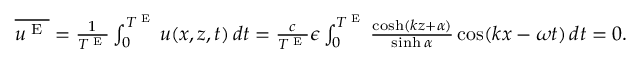
\begin{array} { r } { \overline { { u ^ { \textnormal { E } } } } = \frac { 1 } { T ^ { \textnormal { E } } } \int _ { 0 } ^ { T ^ { \textnormal { E } } } u ( x , z , t ) \, d t = \frac { c } { T ^ { \textnormal { E } } } \epsilon \int _ { 0 } ^ { T ^ { \textnormal { E } } } \frac { \cosh ( k z + { \alpha } ) } { \sinh { \alpha } } \cos ( k x - \omega t ) \, d t = 0 . } \end{array}